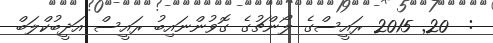
:  20